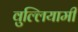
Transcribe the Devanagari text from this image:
वुल्लियामी